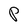
Character: P